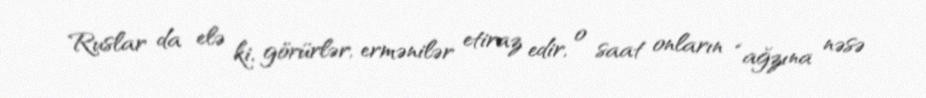
Ruslar da elə ki, görürlər, ermənilər etiraz edir, o saat onların “ağzına nəsə